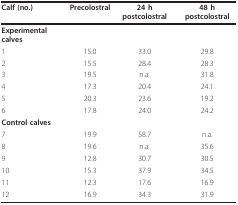
<table><thead><tr><td><b>Calf (no.)</b></td><td><b>Precolostral</b></td><td><b>24 h postcolostral</b></td><td><b>48 h postcolostral</b></td></tr></thead><tbody><tr><td><b>Experimental calves</b></td><td></td><td></td><td></td></tr><tr><td>1</td><td>15.0</td><td>33.0</td><td>29.8</td></tr><tr><td>2</td><td>15.5</td><td>28.4</td><td>28.3</td></tr><tr><td>3</td><td>19.5</td><td>n.a.</td><td>31.8</td></tr><tr><td>4</td><td>17.3</td><td>20.4</td><td>24.1</td></tr><tr><td>5</td><td>20.3</td><td>23.6</td><td>19.2</td></tr><tr><td>6</td><td>17.8</td><td>24.0</td><td>24.2</td></tr><tr><td><b>Control calves</b></td><td></td><td></td><td></td></tr><tr><td>7</td><td>19.9</td><td>58.7</td><td>n.a.</td></tr><tr><td>8</td><td>19.6</td><td>n.a.</td><td>35.6</td></tr><tr><td>9</td><td>12.8</td><td>30.7</td><td>30.5</td></tr><tr><td>10</td><td>15.3</td><td>37.9</td><td>34.5</td></tr><tr><td>11</td><td>12.3</td><td>17.6</td><td>16.9</td></tr><tr><td>12</td><td>16.9</td><td>34.3</td><td>31.9</td></tr></tbody></table>